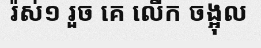
រ៉ស់១ រួច គេ លើក ចង្អុល